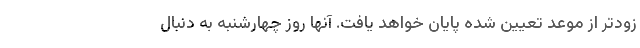
زودتر از موعد تعیین شده پایان خواهد یافت. آنها روز چهارشنبه به دنبال